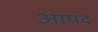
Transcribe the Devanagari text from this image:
आपद